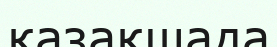
қазақшада